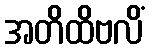
အတိထိဗလိံ